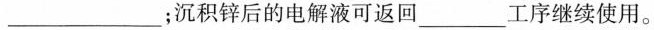
___；沉积锌后的电解液可返回___工序继续使用。